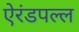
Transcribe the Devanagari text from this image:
ऐरंडपल्ल